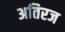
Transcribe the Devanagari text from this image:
अतिरज